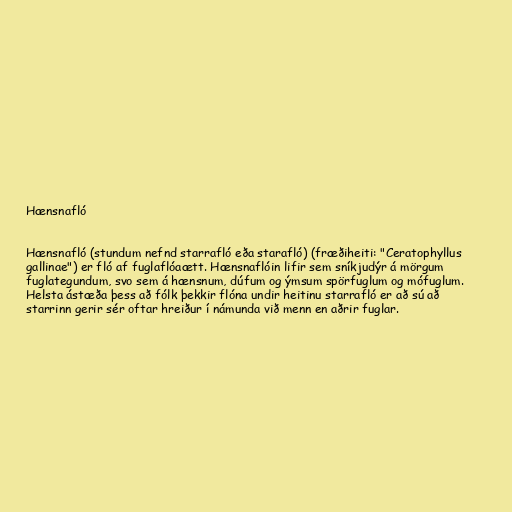
Hænsnafló

Hænsnafló (stundum nefnd starrafló eða starafló) (fræðiheiti: "Ceratophyllus
gallinae") er fló af fuglaflóaætt. Hænsnaflóin lifir sem sníkjudýr á mörgum
fuglategundum, svo sem á hænsnum, dúfum og ýmsum spörfuglum og mófuglum.
Helsta ástæða þess að fólk þekkir flóna undir heitinu starrafló er að sú að
starrinn gerir sér oftar hreiður í námunda við menn en aðrir fuglar.